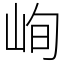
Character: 峋